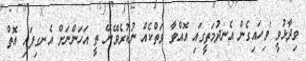
ވިދާޅުވީ 'ވިހައިގެން އެނދުމަތީގައި އޮއްވާ ވަތްކެއް ނުކުރެވޭނޭ ތީ އަހަންނަށް އެނގިފައި އޮތް